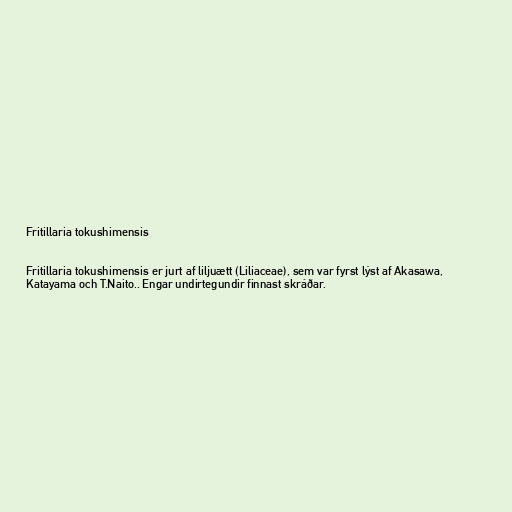
Fritillaria tokushimensis

Fritillaria tokushimensis er jurt af liljuætt (Liliaceae), sem var fyrst lýst af Akasawa,
Katayama och T.Naito.. Engar undirtegundir finnast skráðar.